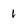
Character: 1